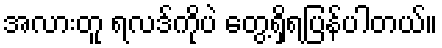
အလားတူ ရလဒ်ကိုပဲ တွေ့ရှိရပြန်ပါတယ်။